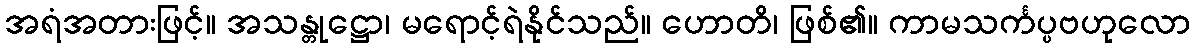
အရံအတားဖြင့်။ အသန္တုဋ္ဌော၊ မရောင့်ရဲနိုင်သည်။ ဟောတိ၊ ဖြစ်၏။ ကာမသင်္ကပ္ပဗဟုလော